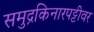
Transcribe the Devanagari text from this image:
समुद्रकिनारपट्टीवर